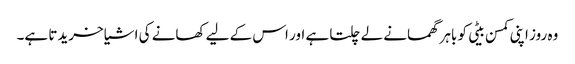
وہ روز اپنی کمسن بیٹی کو باہر گھمانے لے چلتا ہے اور اس کے لیے کھانے کی اشیا خریدتا ہے۔